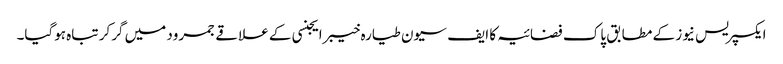
ایکسپریس نیوز کے مطابق پاک فضائیہ کا ایف سیون طیارہ خیبرایجنسی کے علاقے جمرود میں گرکر تباہ ہوگیا۔